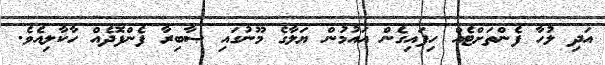
އަދި ލުހާ ފެންތަށްޓެއް ހިފައިގެން އައުމުން ޔަލާގެ މޫނުގައި ޞާބިރާ ފެންފޮދެއް ހާކާލިއެވެ.